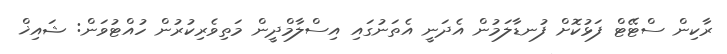
ރާކިން ސްޓޭޓް ފަޅުކޮށް ފުނޑާލަމުން އެދަނީ އެތަނުގައި އިސްލާމްދީން މަތިވެރިކުރުން ހުއްޓުވަން: ޝައިޚް